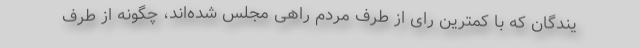
یندگان که با کمترین رای از طرف مردم راهی مجلس شده‌اند، چگونه از طرف